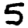
Digit: 5